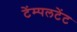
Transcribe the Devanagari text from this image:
टेंम्पलटेंट